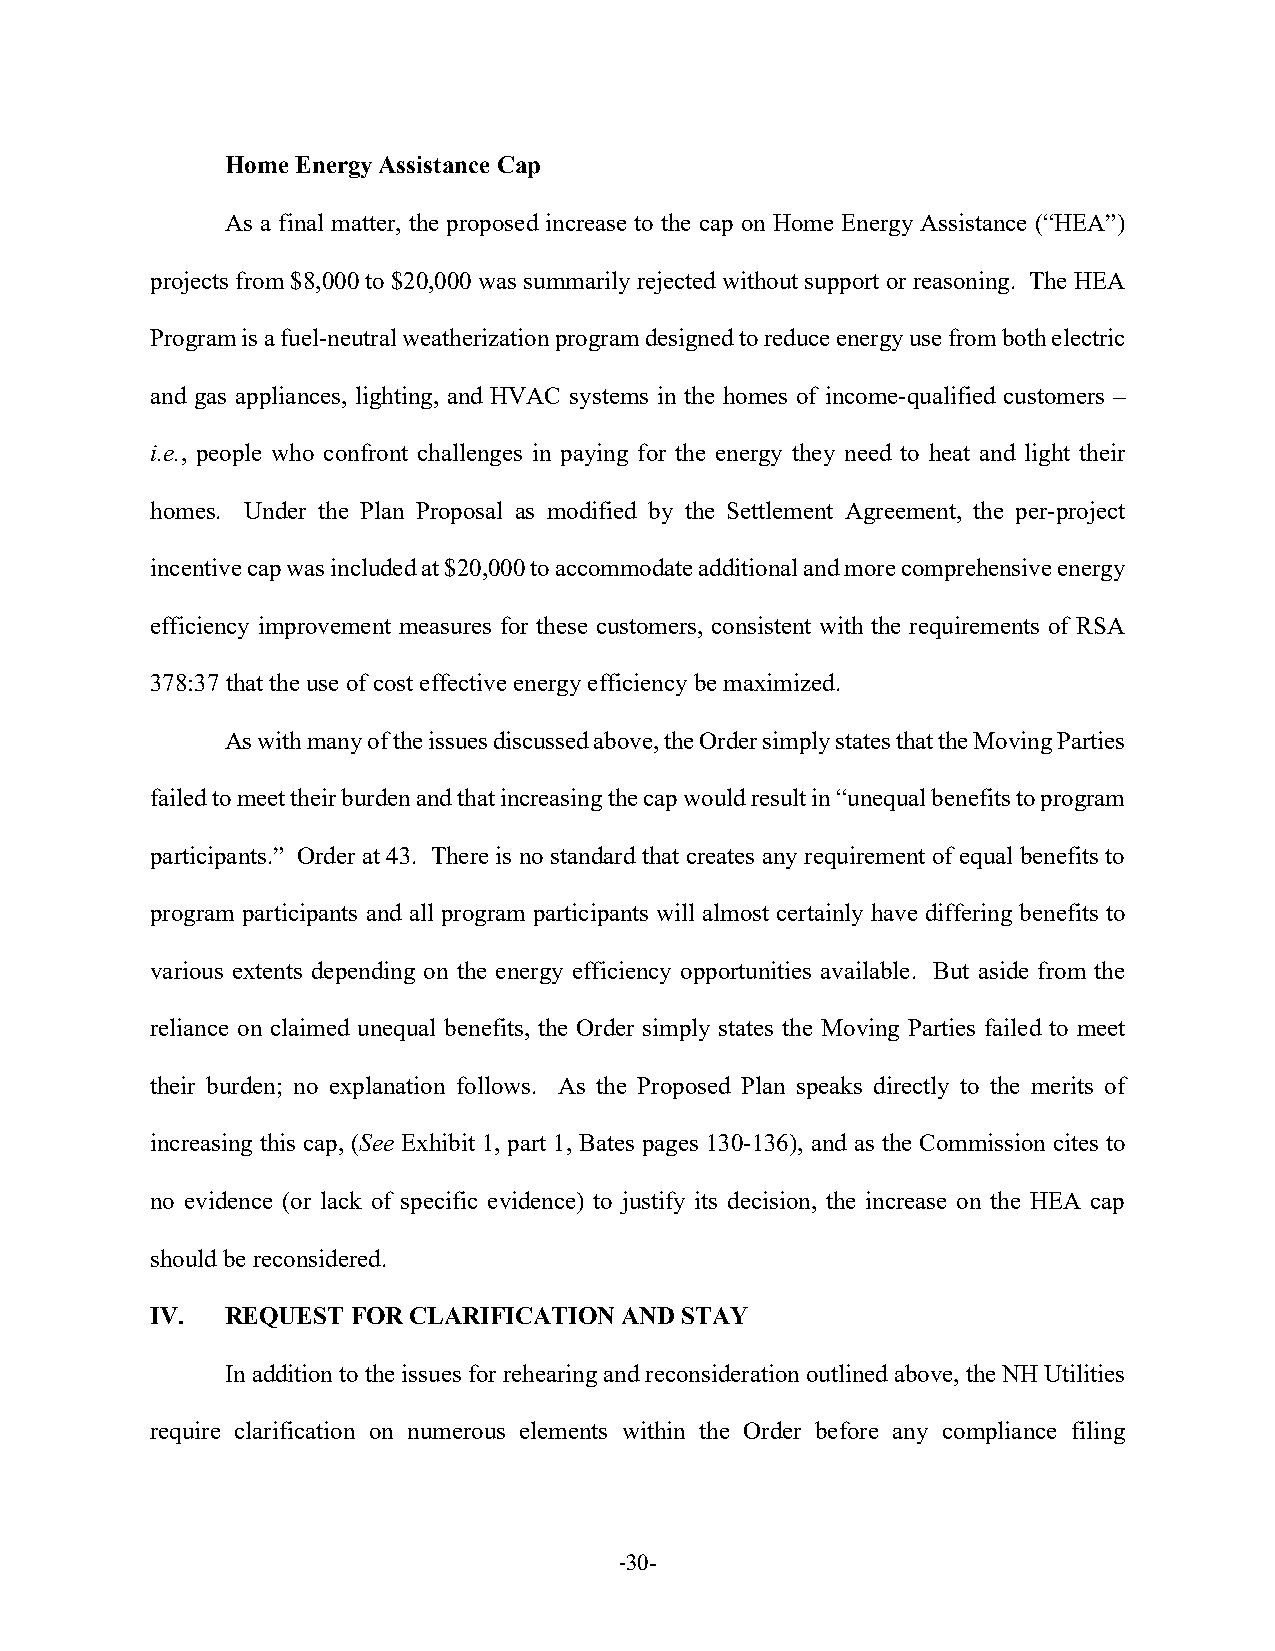
Home Energy Assistance Cap
 As a final matter, the proposed increase to the cap on Home Energy Assistance (“HEA”)
 projects from $8,000 to $20,000 was summarily rejected without support or reasoning. The HEA
 Program is a fuel-neutral weatherization program designed to reduce energy use from both electric
 and gas appliances, lighting, and HVAC systems in the homes of income-qualified customers –
 i.e., people who confront challenges in paying for the energy they need to heat and light their
 homes. Under the Plan Proposal as modified by the Settlement Agreement, the per-project
 incentive cap was included at $20,000 to accommodate additional and more comprehensive energy
 efficiency improvement measures for these customers, consistent with the requirements of RSA
 378:37 that the use of cost effective energy efficiency be maximized.
 As with many of the issues discussed above, the Order simply states that the Moving Parties
 failed to meet their burden and that increasing the cap would result in “unequal benefits to program
 participants.” Order at 43. There is no standard that creates any requirement of equal benefits to
 program participants and all program participants will almost certainly have differing benefits to
 various extents depending on the energy efficiency opportunities available. But aside from the
 reliance on claimed unequal benefits, the Order simply states the Moving Parties failed to meet
 their burden; no explanation follows. As the Proposed Plan speaks directly to the merits of
 increasing this cap, (See Exhibit 1, part 1, Bates pages 130-136), and as the Commission cites to
 no evidence (or lack of specific evidence) to justify its decision, the increase on the HEA cap
 should be reconsidered.
 IV.  REQUEST FOR CLARIFICATION AND STAY
 In addition to the issues for rehearing and reconsideration outlined above, the NH Utilities
 require clarification on numerous elements within the Order before any compliance filing
 -30-